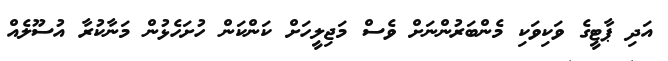
އަދި ޕާޓީގެ ވަކިވަކި މެންބަރުންނަށް ވެސް މަޖިލީހަށް ކަންކަން ހުށަހެޅުން މަނާކުރާ އުސޫލެއް